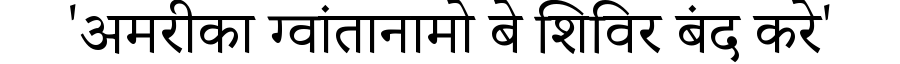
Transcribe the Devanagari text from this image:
'अमरीका ग्वांतानामो बे शिविर बंद करे'